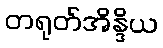
တရုတ်အိန္ဒိယ